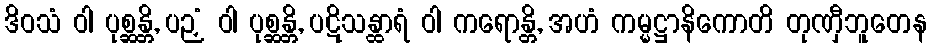
ဒိဝသံ ဝါ ပုစ္ဆန္တိ, ပဉှံ ဝါ ပုစ္ဆန္တိ, ပဋိသန္ထာရံ ဝါ ကရောန္တိ, အဟံ ကမ္မဋ္ဌာနိကောတိ တုဏှီဘူတေန